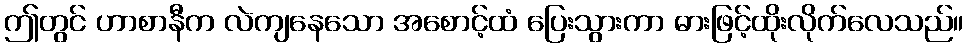
ဤတွင် ဟာစာနီက လဲကျနေသော အစောင့်ထံ ပြေးသွားကာ ဓားဖြင့်ထိုးလိုက်လေသည်။